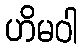
ဟိမဝါ